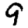
Digit: 9